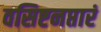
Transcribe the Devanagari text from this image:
वसिष्टनप्तारं